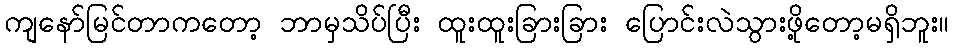
ကျနော်မြင်တာကတော့ ဘာမှသိပ်ပြီး ထူးထူးခြားခြား ပြောင်းလဲသွားဖို့တော့မရှိဘူး။